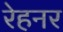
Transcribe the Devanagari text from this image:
रेहनर